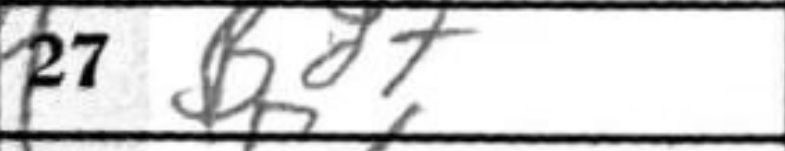
Transcription: Bd7